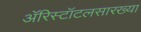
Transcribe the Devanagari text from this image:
ॲरिस्टॉटलसारख्या